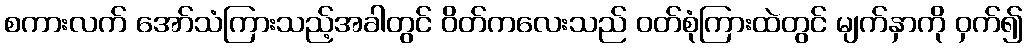
စကားလက် အော်သံကြားသည့်အခါတွင် ဝိတ်ကလေးသည် ဝတ်စုံကြားထဲတွင် မျက်နှာကို ဝှက်၍